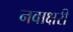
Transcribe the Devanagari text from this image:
नवाक्षरी